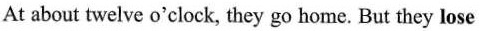
At about twelve o'clock, they go home. But they lose